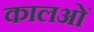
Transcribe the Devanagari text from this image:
कालओं